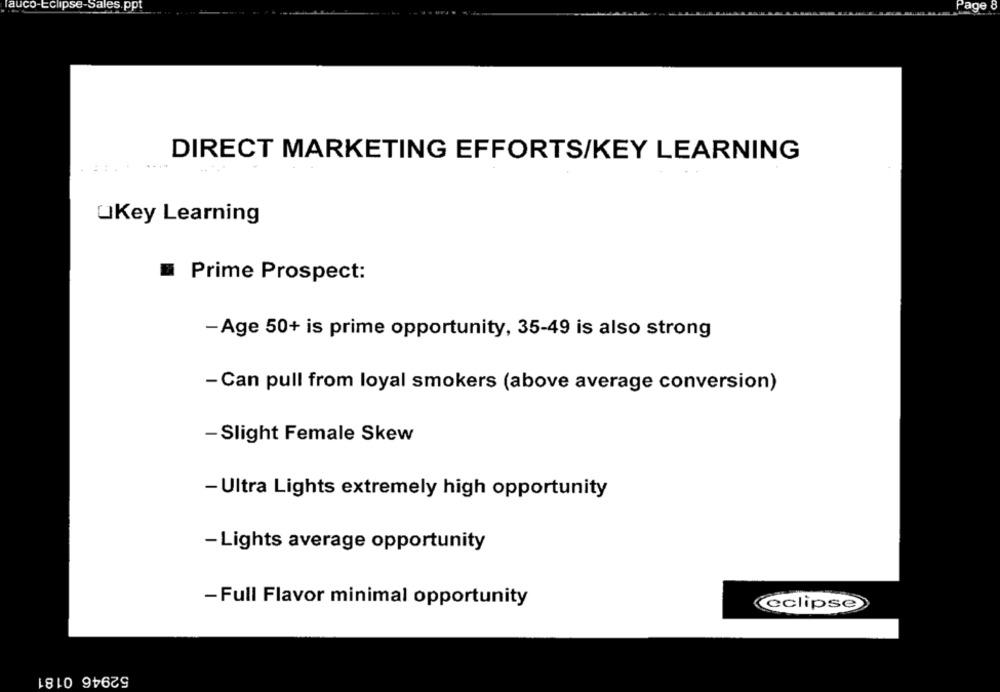
auco-Eclipse-Sales.ppt
Page
DIRECT MARKETING EFFORTS/KEY LEARNING
UKey Learning
.
Prime Prospect:
-Age 50+ is prime opportunity, 35-49 is also strong
- Can pull from loyal smokers (above average conversion)
-Slight Female Skew
- Ultra Lights extremely high opportunity
- Lights average opportunity
- Full Flavor minimal opportunity
eclipse
52946 0181